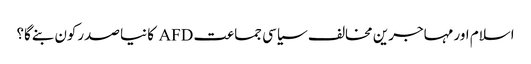
اسلام اور مہاجرین مخالف سیاسی جماعت AFD کا نیا صدرکون بنےگا؟